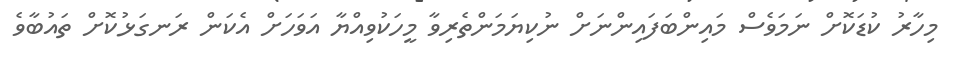
މިހާރު ކުޑަކޮށް ނަމަވެސް މައިންބަފައިންނަށް ނުކިޔަމަންތެރިވާ މީހަކުވިއްޔާ އަވަހަށް އެކަން ރަނގަޅުކޮށް ތައުބާވެ